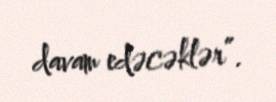
davam edəcəklər”.